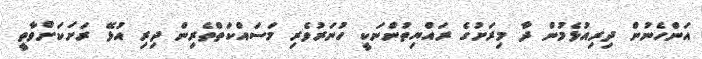
އަންހެނުން ދިރިއުޅެމުން ދާ މިރަށުގެ ރައްޔިތުންނަކީ ހުނަރުވެރި މަސައްކަތްތެރިން ދިރި އުޅޭ ރަށަކަށްވާތީ